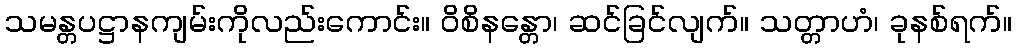
သမန္တပဋ္ဌာနကျမ်းကိုလည်းကောင်း။ ဝိစိနန္တော၊ ဆင်ခြင်လျက်။ သတ္တာဟံ၊ ခုနစ်ရက်။